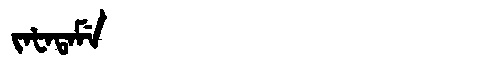
Manchu: ᠵᠠᡶᠠᡨᠠᠮᡝ
Romanization: JAFATAME